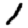
Digit: 1